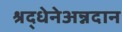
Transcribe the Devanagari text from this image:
श्रद्धेनेअन्नदान